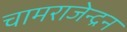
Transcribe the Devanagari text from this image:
चामराजेन्द्रन